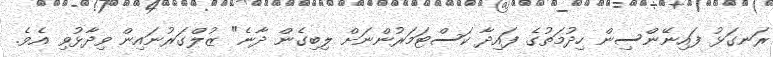
ރަނގަޅު ފައިނޭންސިން ހިދުމަތުގެ ފައިދާ ކަސްޓަމަރުންނަށް ލިބިގެން ދާނެ" ޒުލްގަރުނައިން ވިދާޅުވި އެވެ.